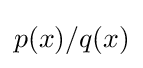
p(x)/q(x)